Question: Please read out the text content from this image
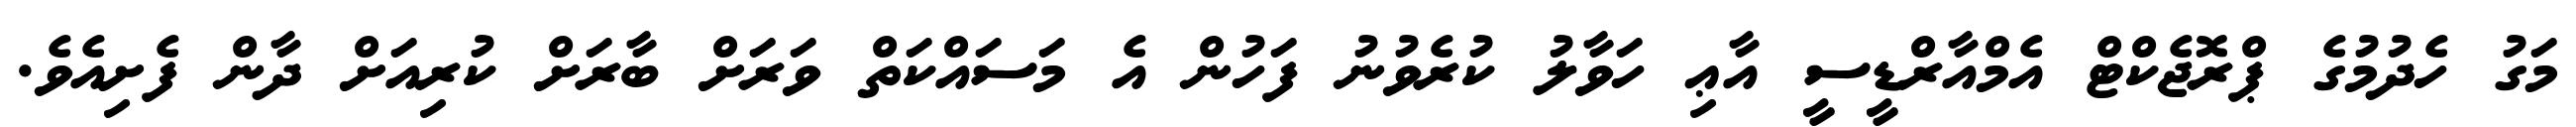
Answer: މަގު ހެދުމުގެ ޕްރޮޖެކްޓް އެމްއާރްޑީސީ އާޢި ހަވާލު ކުރެވުނު ފަހުން އެ މަސައްކަތް ވަރަށް ބާރަށް ކުރިއަށް ދާން ފެށިއެވެ.